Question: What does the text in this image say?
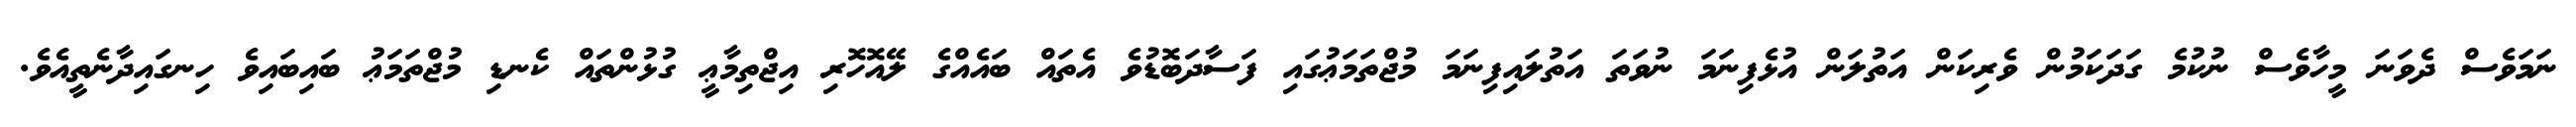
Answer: ނަމަވެސް ދެވަނަ މީހާވެސް ނުކުމެ ގަދަކަމުން ވެރިކަން އަތުލަން އުޅެފިނަމަ ނުވަތަ އަތުލައިފިނަމަ މުޖްތަމަޢުގައި ފަސާދަބޮޑުވެ އެތައް ބައެއްގެ ލޭއޮހޮރި އިޖްތިމާޢީ ގުޅުންތައް ކެނޑި މުޖްތަމަޢު ބައިބައިވެ ހިނގައިދާނެތީއެވެ.